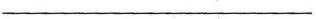
___